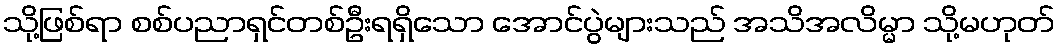
သို့ဖြစ်ရာ စစ်ပညာရှင်တစ်ဦးရရှိသော အောင်ပွဲများသည် အသိအလိမ္မာ သို့မဟုတ်